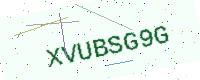
Text: XVUBSG9G